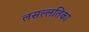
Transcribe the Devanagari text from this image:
लसल्लतिका